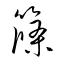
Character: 篠